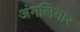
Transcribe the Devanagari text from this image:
अंगलियार